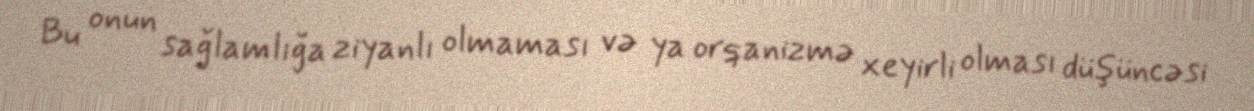
Bu onun sağlamlığa ziyanlı olmaması və ya orqanizmə xeyirli olması düşüncəsi